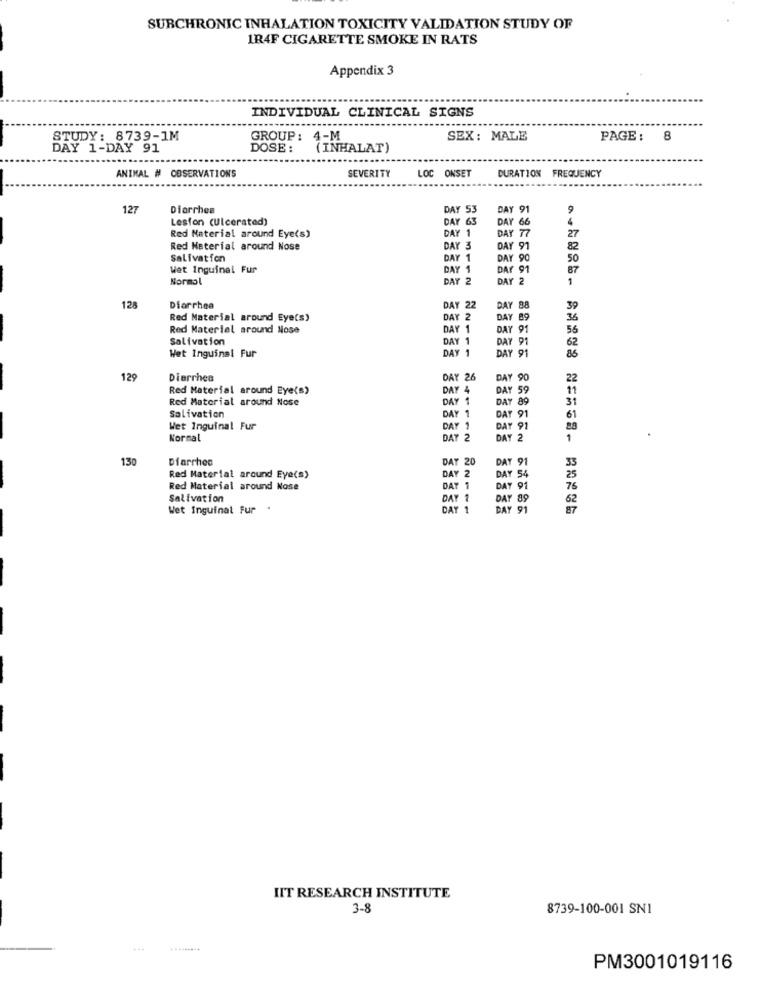
SURCHRONIC INHALATION TOXICITY VALIDATION STUDY OF
1R4F CIGARETTE SMOKE IN RATS
Appendix 3
INDIVIDUAL CLINICAL SIGNS
STUDY: 8739-1M
GROUP: 4-M
SEX: MALE
PAGE :
8
DAY 1-DAY 91
DOSE:
(INHALAT)
SEVERITY
LOC ONSET
ANIMAL # OBSERVATIONS
DURATION FREQUENCY
127
Diarrhea
DAY 53
DAY 91
9
Lesfon (Ulcerated)
DAY 63
DAY 66
DAY 77
27
Red Material around Eye(s)
DAY 1
Red Material around Nose
DAY 3
DAY 91
Salivation
DAY 1
DAY 90
50
Wet Inguinal Fur
DAY 1
DAY 91
87
Normal
DAY 2
DAY 2
1
128
Diarrhea
DAY 22
DAY 88
39
Red Material around Eye(s)
DAY 2
DAY 89
Red Materiel around Nose
DAY 1
Y 91
56
Salivation
DAYS
62
Wet Inguinal Fur
DAY 1
86
DAY 91
129
Diarrhea
DAY 26
DAY
22
Red Material around Eye(s)
DAY 4
DAYS
Red Material around Nose
DAY
DAT 89
31
Salivation
DAY 1
61
Y 91
Wet Inguinal Fur
DAY 1
DAY 91
28
Normal
DAT 2
DAY 2
1
130
Diarrhea
DAY 20
DAY 91
DAY 2
Red Material around Eye(s)
DAY 54
Red Material around Nose
7 1
DAY 91
Salivation
DAY 89
Wet Inguinat Fur .
DAY 1
DAY 91
87
IIT RESEARCH INSTITUTE
3-8
8739-100-001 SNI
...
PM3001019116